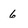
Character: 6